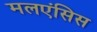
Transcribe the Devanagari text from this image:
मलएंसिस